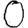
Digit: 0